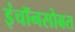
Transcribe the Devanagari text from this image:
इंचॉनसोबत